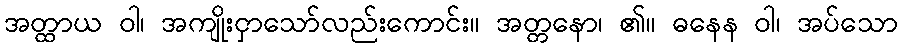
အတ္ထာယ ဝါ၊ အကျိုးငှာသော်လည်းကောင်း။ အတ္တနော၊ ၏။ ဓနေန ဝါ၊ အပ်သော